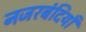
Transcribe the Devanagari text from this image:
नजरबंदियाँ